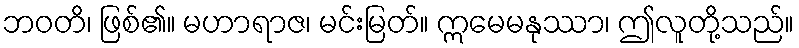
ဘဝတိ၊ ဖြစ်၏။ မဟာရာဇ၊ မင်းမြတ်။ ဣမေမနုဿာ၊ ဤလူတို့သည်။